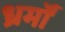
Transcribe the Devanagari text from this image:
ध्रर्मों